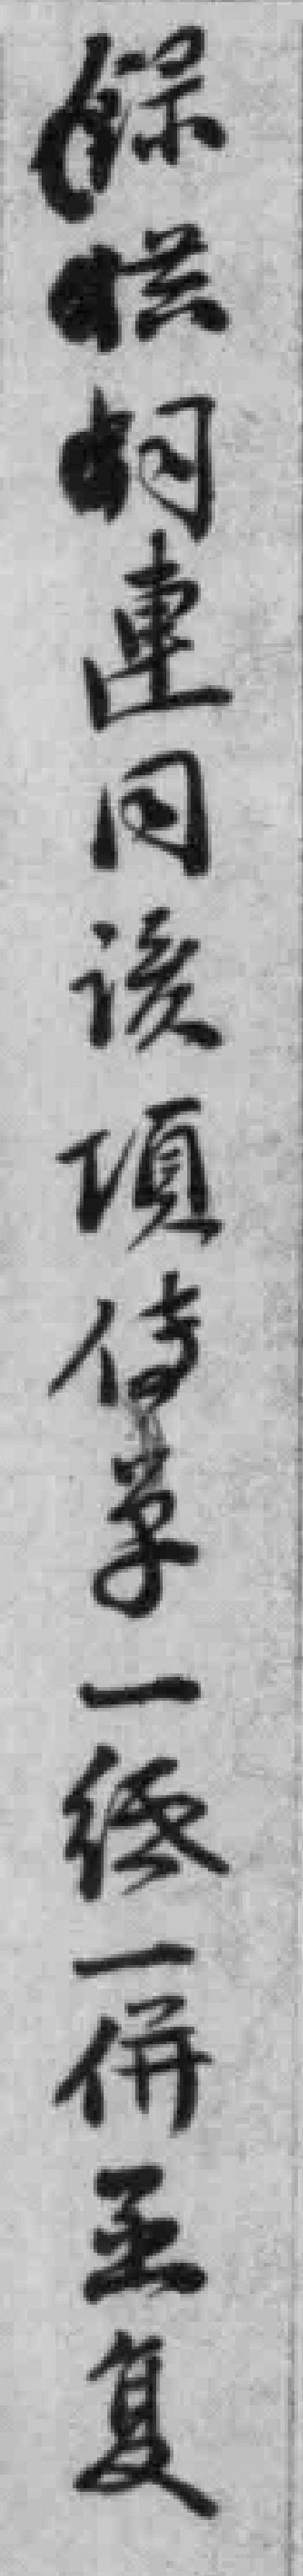
保供*連同该項傳單一*一併函复